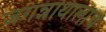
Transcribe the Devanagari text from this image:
जगन्नाथालाच